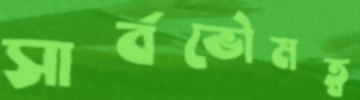
সার্বভৌমত্ব